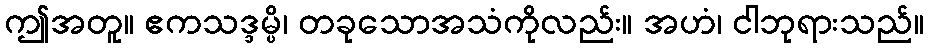
ဤအတူ။ ဧကသဒ္ဒမ္ပိ၊ တခုသောအသံကိုလည်း။ အဟံ၊ ငါဘုရားသည်။